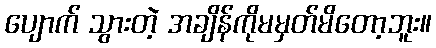
ပျောက် သွားတဲ့ အချိန်ကိုမမှတ်မိတော့ဘူး။